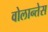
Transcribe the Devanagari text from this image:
वोलान्तेस